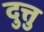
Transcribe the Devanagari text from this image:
दुत्तु